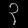
Digit: ၃